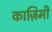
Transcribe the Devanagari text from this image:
काज़िमी